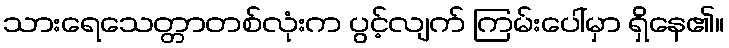
သားရေသေတ္တာတစ်လုံးက ပွင့်လျက် ကြမ်းပေါ်မှာ ရှိနေ၏။